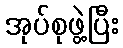
အုပ်စုဖွဲ့ပြီး